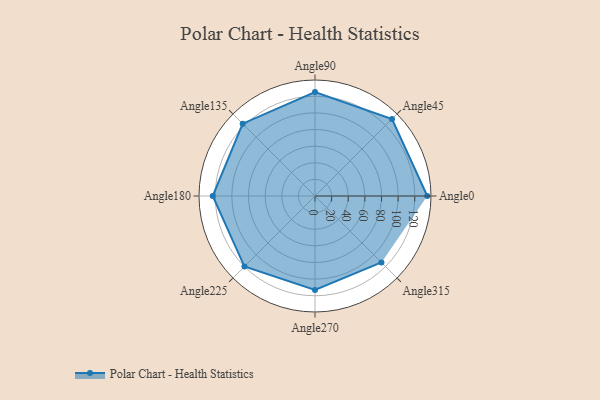
{"axis": {"x": "Angle", "y": "Radius"}, "legend": [""], "data": [{"x": "Angle0", "y": 135.0, "type": ""}, {"x": "Angle45", "y": 131.0, "type": ""}, {"x": "Angle90", "y": 125.0, "type": ""}, {"x": "Angle135", "y": 123.0, "type": ""}, {"x": "Angle180", "y": 123.0, "type": ""}, {"x": "Angle225", "y": 120.0, "type": ""}, {"x": "Angle270", "y": 113.0, "type": ""}, {"x": "Angle315", "y": 113.0, "type": ""}]}